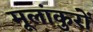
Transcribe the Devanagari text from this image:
मूलांकुरों